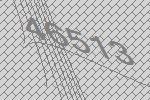
46513